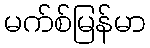
မက်စ်မြန်မာ